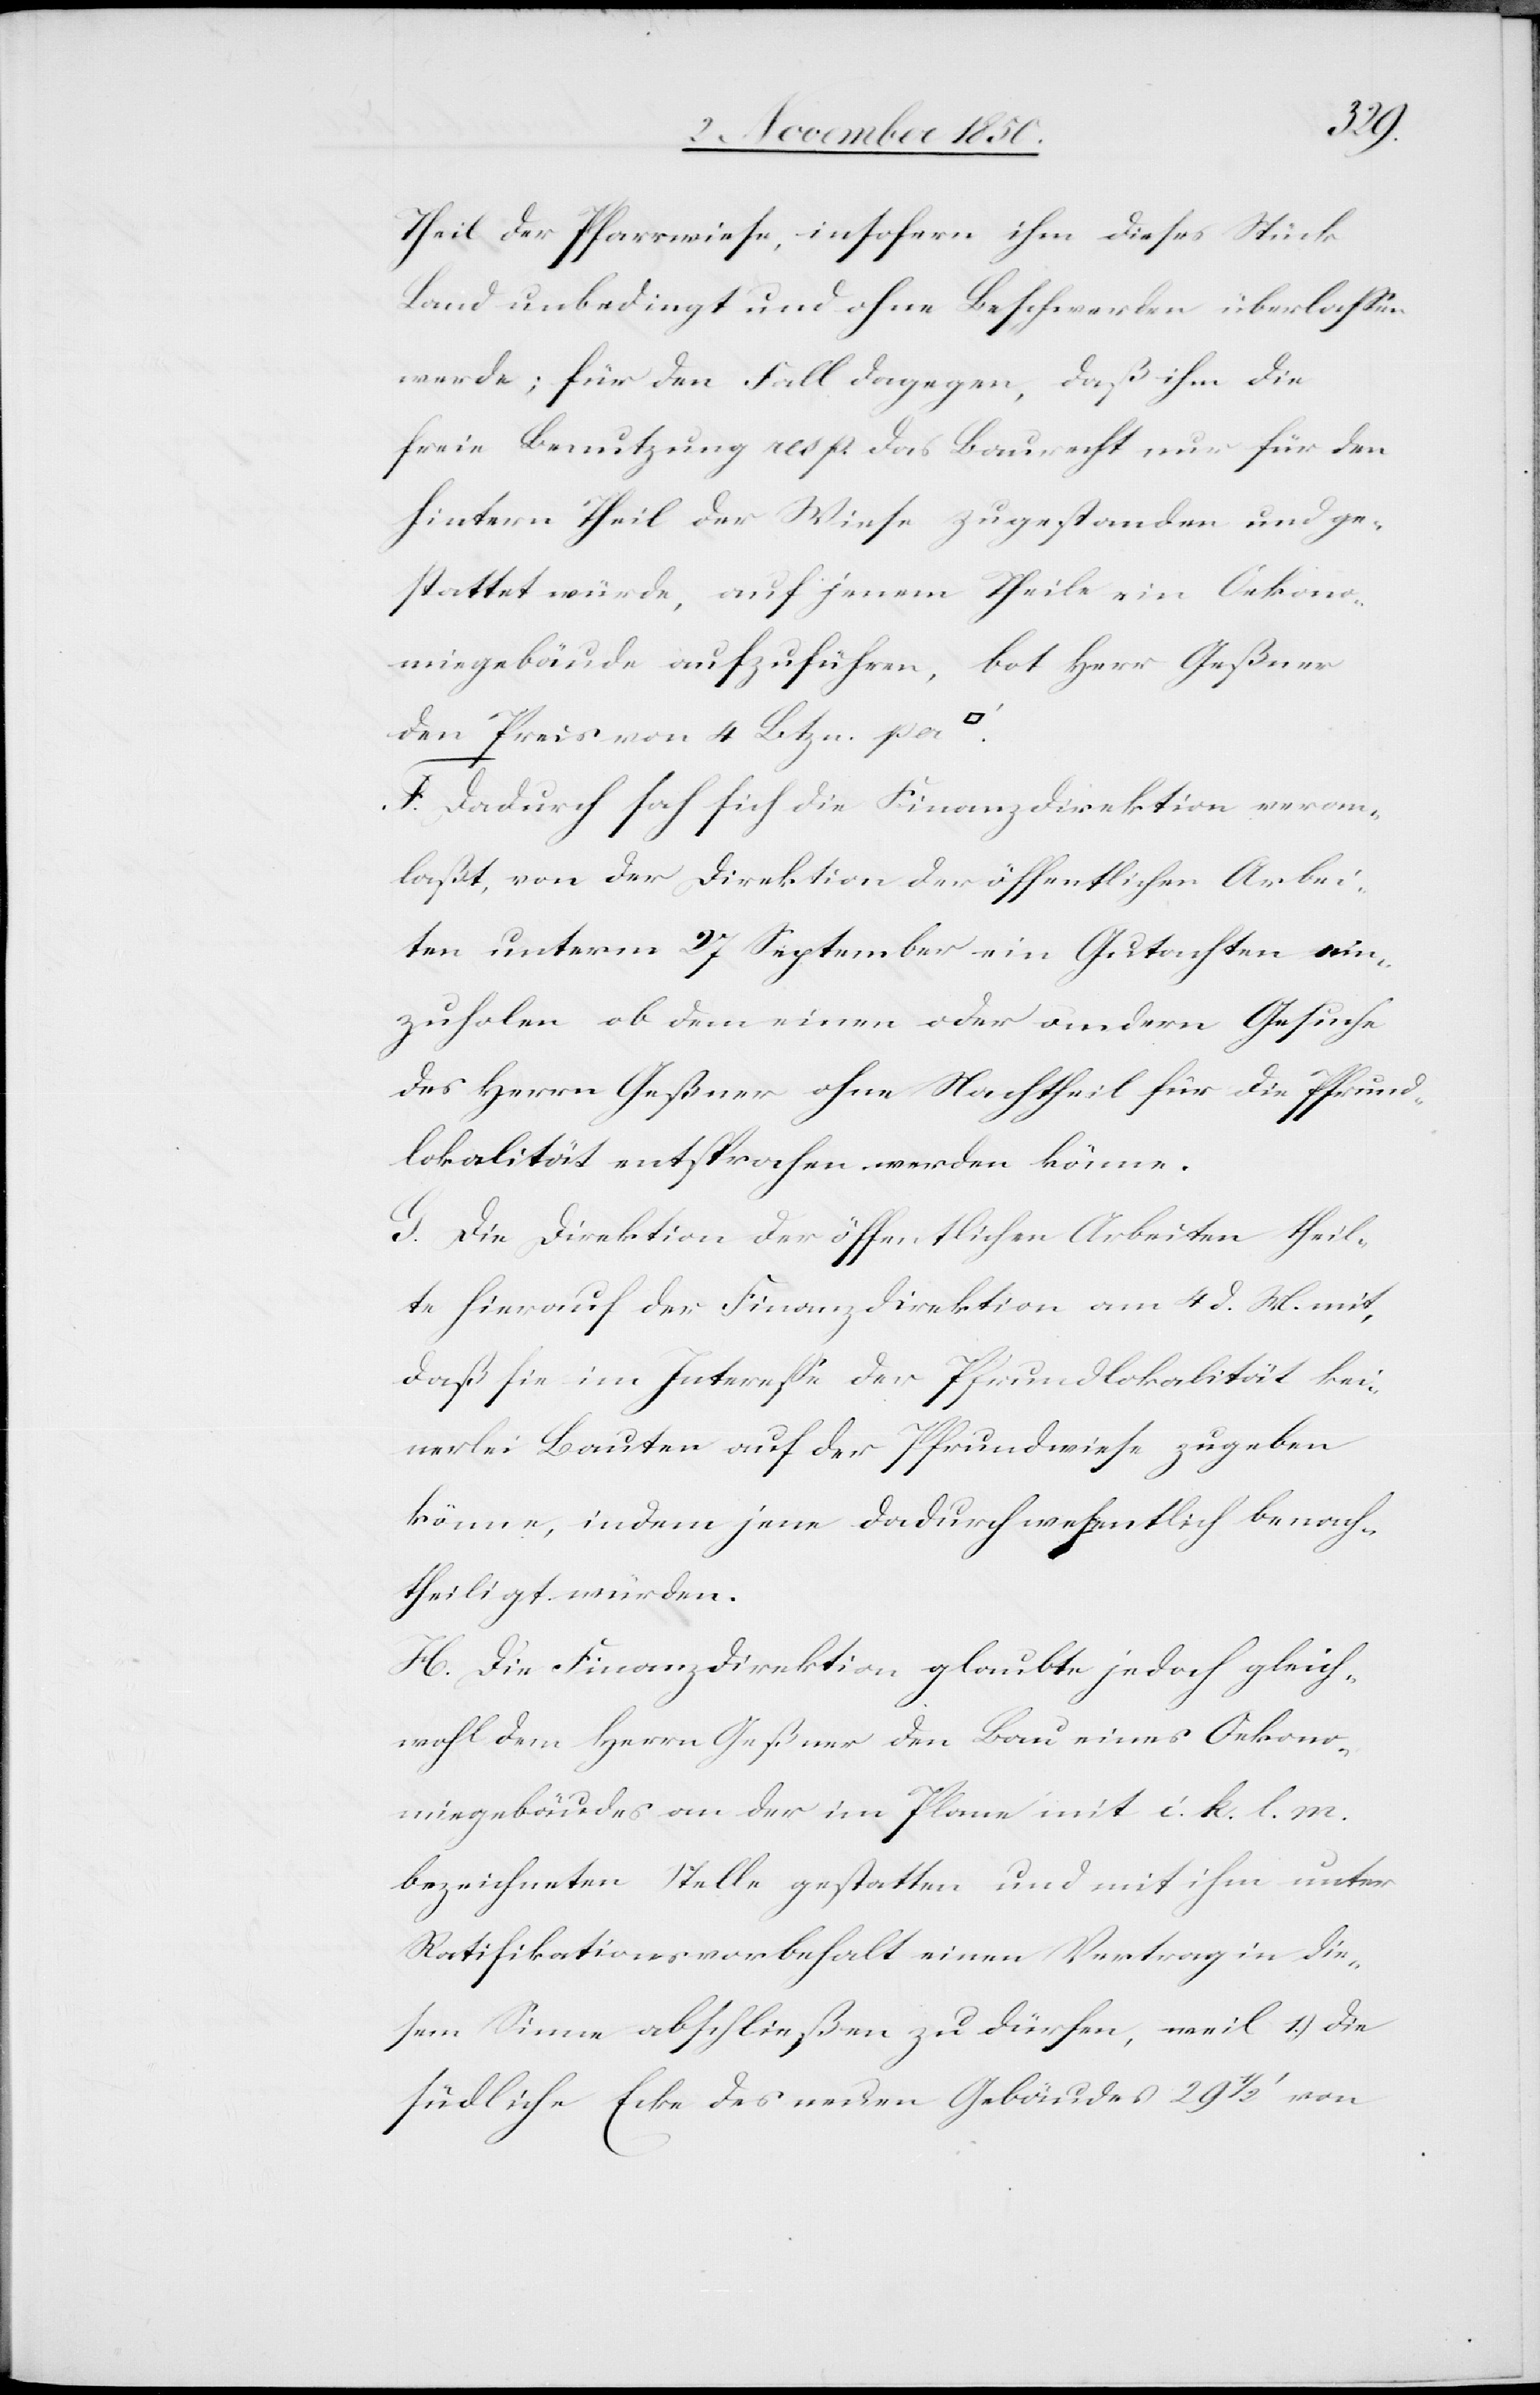
Theil der Pfarrwiese, insofern ihm dieses Stück
Land unbedingt und ohne Beschwerden überlassen
werde; für den Fall dagegen, daß ihm die
freie Benutzung resp. das Baurecht nur für den
hintern Theil der Wiese zugestanden und ge¬
stattet würde, auf jenem Theile ein Oekono¬
miegebäude aufzuführen, bot Herr Geßner
den Preis von 4 Btzn. per
F. Dadurch sah sich die Finanzdirektion veran¬
laßt, von der Direktion der öffentlichen Arbei¬
ten unterm 27 September ein Gutachten ein¬
zuholen ob dem einen oder andern Gesuche
des Herrn Geßner ohne Nachtheil für die Pfrund¬
lokalität entsprochen werden könne.
G. Die Direktion der öffentlichen Arbeiten theil¬
te hierauf der Finanzdirektion am 4 d. M. mit,
daß sie im Interesse der Pfrundlokalität kei¬
nerlei Bauten auf der Pfrundwiese zugeben
könne, indem jene dadurch wesentlich benach¬
theiligt würden.
H. Die Finanzdirektion glaubte jedoch gleich¬
wohl dem Herrn Geßner den Bau eines Oekono¬
miegebäudes an der im Plane mit i. k. l. m.
bezeichneten Stelle gestatten und mit ihm unter
Ratifikationsvorbehalt einen Vertrag in die¬
sem Sinne abschließen zu dürfen, weil 1.) die
südliche Ecke des neuen Gebäudes 29 1/2‘ von